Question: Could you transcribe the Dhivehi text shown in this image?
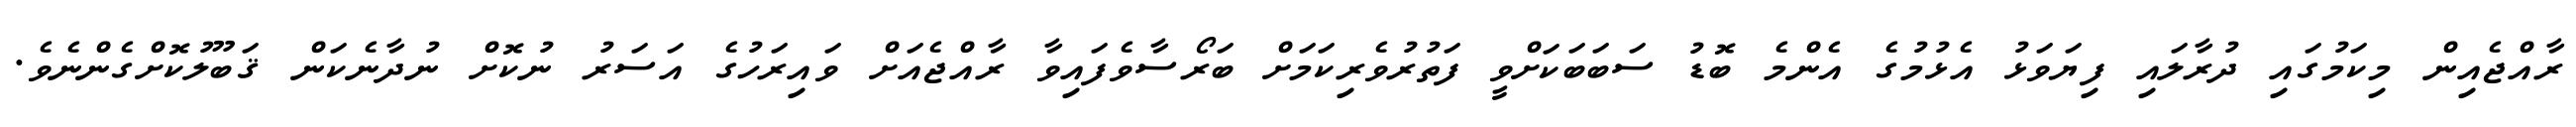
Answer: ރާއްޖެއިން މިކަމުގައި ދުރާލައި ފިޔަވަޅު އެޅުމުގެ އެންމެ ބޮޑު ސަބަބަކަށްވީ ފަތުރުވެރިކަމަށް ބަރޯސާވެފައިވާ ރާއްޖެއަށް ވައިރަހުގެ އަސަރު ނުކޮށް ނުދާނެކަން ޤަބޫލުކޮށްގެންނެވެ.